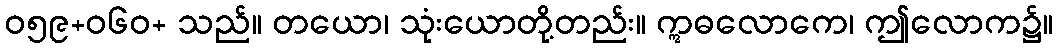
ဝ၅၉+၀၆ဝ+ သည်။ တယော၊ သုံးယောတို့တည်း။ ဣဓလောကေ၊ ဤလောက၌။